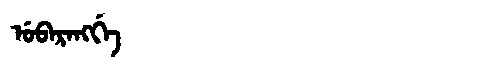
Manchu: ᡠᠪᠠᡵᠠᠩᡤᡝ
Romanization: UBARANGGE